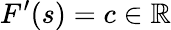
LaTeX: F^{\prime}(s)=c\in\mathbb{R}